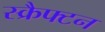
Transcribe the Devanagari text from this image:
स्क्रैफ्टन